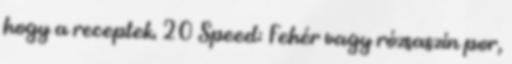
hogy a receptek. 20 Speed: Fehér vagy rózsaszín por,